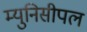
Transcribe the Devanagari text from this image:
म्युनिसीपल